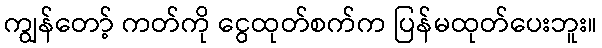
ကျွန်တော့် ကတ်ကို ငွေထုတ်စက်က ပြန်မထုတ်ပေးဘူး။